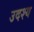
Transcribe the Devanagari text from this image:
उदश्य